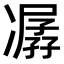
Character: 𠘈